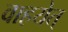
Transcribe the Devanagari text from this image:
वाहयेत्